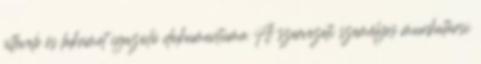
útlevele és lakcímet igazoló dokumentuma A szervezeti személyes munkatársi